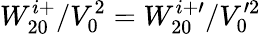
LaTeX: W_{20}^{i+}/V_{0}^{2}=W_{20}^{i+\prime}/V_{0}^{\prime 2}